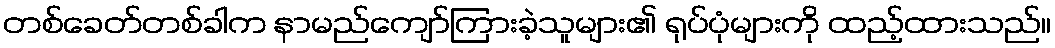
တစ်ခေတ်တစ်ခါက နာမည်ကျော်ကြားခဲ့သူများ၏ ရုပ်ပုံများကို ထည့်ထားသည်။